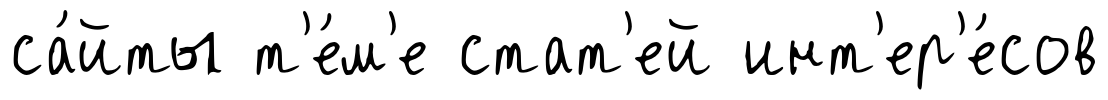
са́йты т'е́м'е стат'ей инт'ер'е́сов